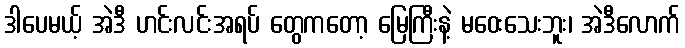
ဒါပေမယ့် အဲဒီ ဟင်းလင်းအရပ် တွေကတော့ မြေကြီးနဲ့ မဝေးသေးဘူး၊ အဲဒီလောက်